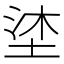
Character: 𭎦